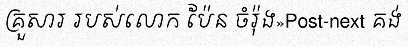
គ្រួសារ របស់លោក ប៉ែន ចំរ៉ុង»Post-next គង់